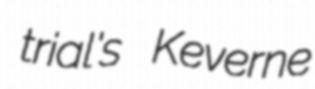
trial's Keverne